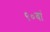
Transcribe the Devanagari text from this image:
९०वां